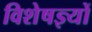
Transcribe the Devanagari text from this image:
विशेषज्ञ्यों